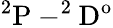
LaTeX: \mathrm{^2P-^{2}D^{o}}